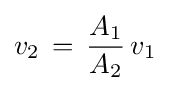
v_{2}\,=\,{\frac {A_{1}}{A_{2}}}\,v_{1}